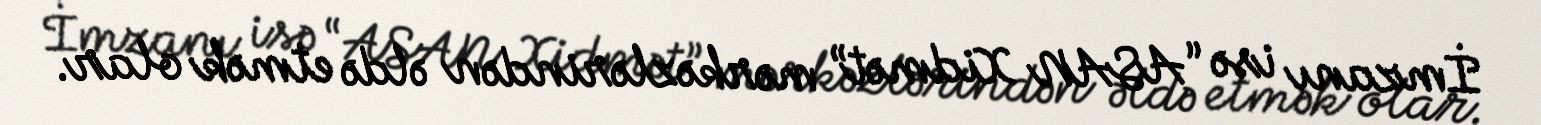
İmzanı isə “ASAN Xidmət” mərkəzlərindən əldə etmək olar.